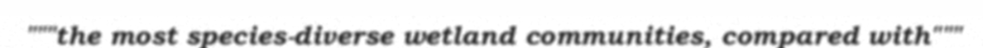
"""the most species-diverse wetland communities, compared with"""